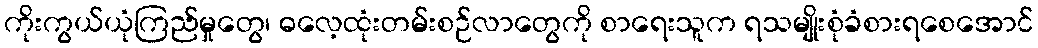
ကိုးကွယ်ယုံကြည်မှုတွေ၊ ဓလေ့ထုံးတမ်းစဉ်လာတွေကို စာရေးသူက ရသမျိုးစုံခံစားရစေအောင်